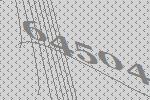
64504